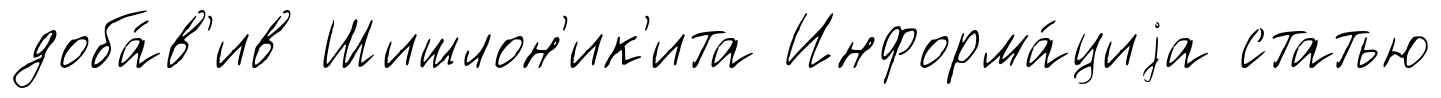
доба́в'ив Шишлон'ик'ита Информа́циjа статью